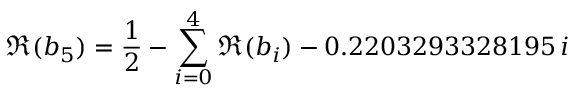
\Re ( b _ { 5 } ) = \frac { 1 } { 2 } - \sum _ { i = 0 } ^ { 4 } \Re ( b _ { i } ) - 0 . 2 2 0 3 2 9 3 3 2 8 1 9 5 \, i